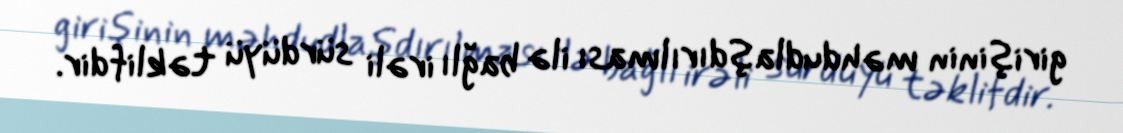
girişinin məhdudlaşdırılması ilə bağlı irəli sürdüyü təklifdir.